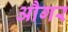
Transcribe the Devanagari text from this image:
औगर